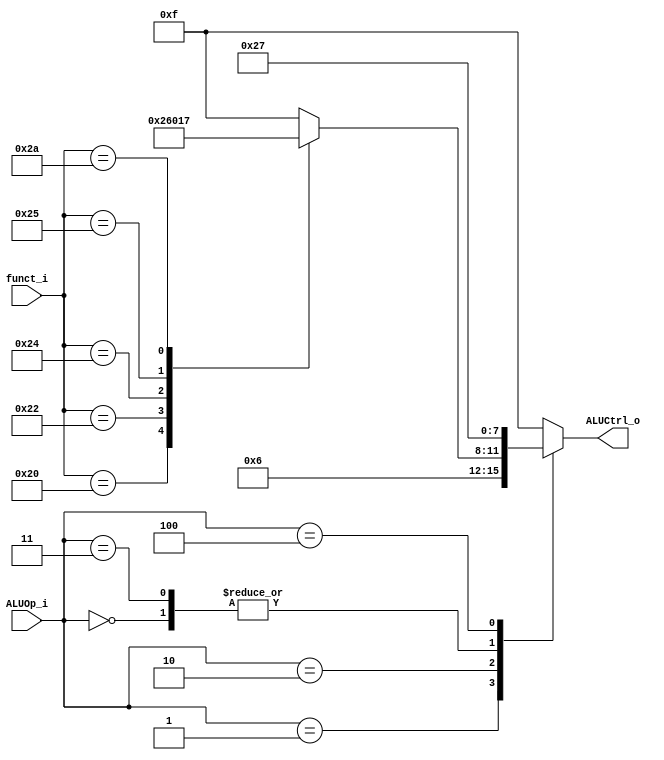
//Subject:     CO project 3 - ALU Controller
//--------------------------------------------------------------------------------
//Version:     1
//--------------------------------------------------------------------------------
//Writer:      Luke,0816192
//----------------------------------------------
//Date:        
//----------------------------------------------
//Description: 
//--------------------------------------------------------------------------------

module ALU_Ctrl(
          funct_i,
          ALUOp_i,
          ALUCtrl_o
          );
          
//I/O ports 
input      [6-1:0] funct_i;
input      [3-1:0] ALUOp_i;

output     [4-1:0] ALUCtrl_o;    
     
//Internal Signals
reg        [4-1:0] ALUCtrl_o;

//Parameter

       
//Select exact operation
always @(*)begin
	case(ALUOp_i)
		0: ALUCtrl_o <= 2; //lw or sw
		1: ALUCtrl_o <= 6; //beq
		2://R-type
			case(funct_i)
				 8: ALUCtrl_o <= 4'b1111; //Jump register(no to do anything)
				32: ALUCtrl_o <= 2; //Addition
				34:	ALUCtrl_o <= 6; //Subtraction
				36:	ALUCtrl_o <= 0; //And
				37:	ALUCtrl_o <= 1; //Or
				42:	ALUCtrl_o <= 7; //Set on Less than
				default:ALUCtrl_o <= 4'b1111;
			endcase
		3: ALUCtrl_o <= 2;	//addi
		4: ALUCtrl_o <= 7;	//slti
		default: ALUCtrl_o <= 4'b1111;
	endcase
end
endmodule